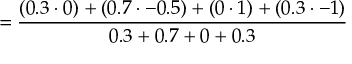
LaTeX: = { \frac { ( 0 . 3 \cdot 0 ) + ( 0 . 7 \cdot - 0 . 5 ) + ( 0 \cdot 1 ) + ( 0 . 3 \cdot - 1 ) } { 0 . 3 + 0 . 7 + 0 + 0 . 3 } }